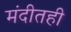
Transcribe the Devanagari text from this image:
मंदीतही